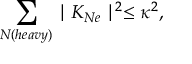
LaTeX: \sum _ { N ( h e a v y ) } \mid K _ { N e } \mid ^ { 2 } \leq \kappa ^ { 2 } ,